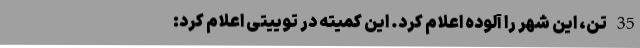
35 تن، این شهر را آلوده اعلام کرد. این کمیته در توییتی اعلام کرد: